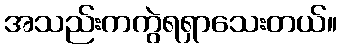
အသည်းကကွဲရရှာသေးတယ်။